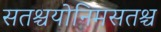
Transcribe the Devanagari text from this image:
सतश्चयोनिमसतश्च